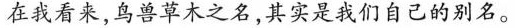
在我看来，鸟兽草木之名，其实是我们自己的别名。